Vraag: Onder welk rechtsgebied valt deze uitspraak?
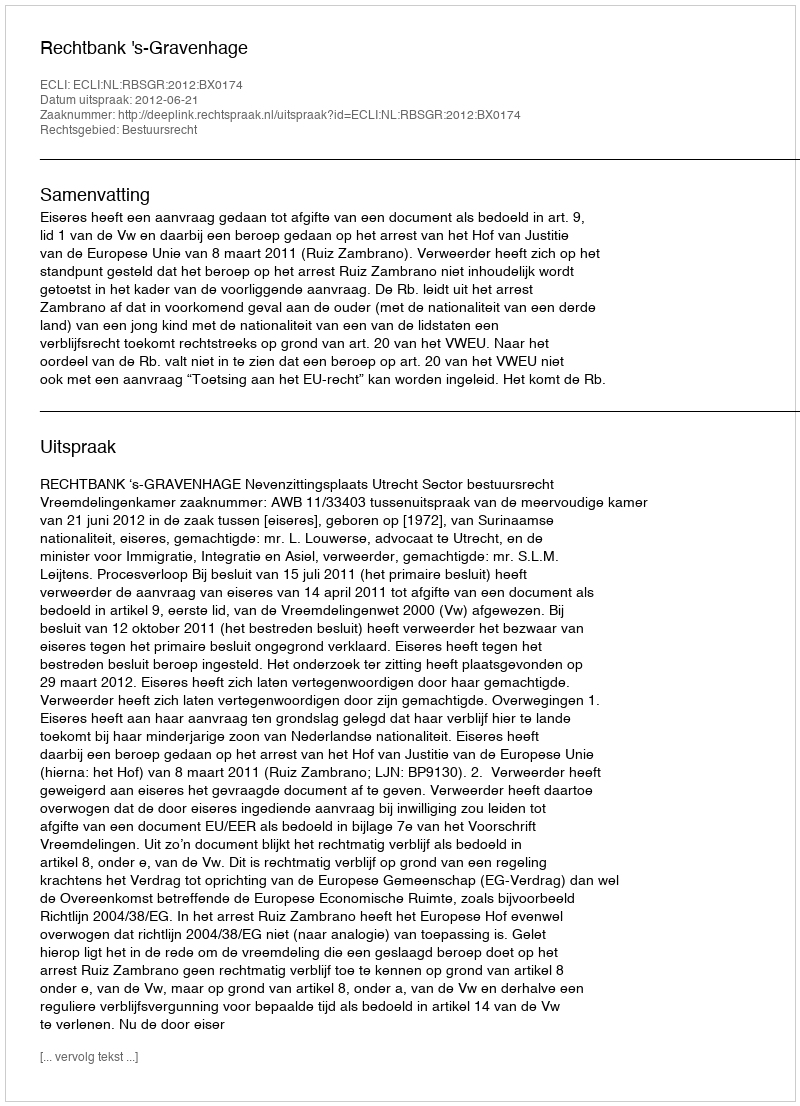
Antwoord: Bestuursrecht